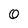
Character: 0